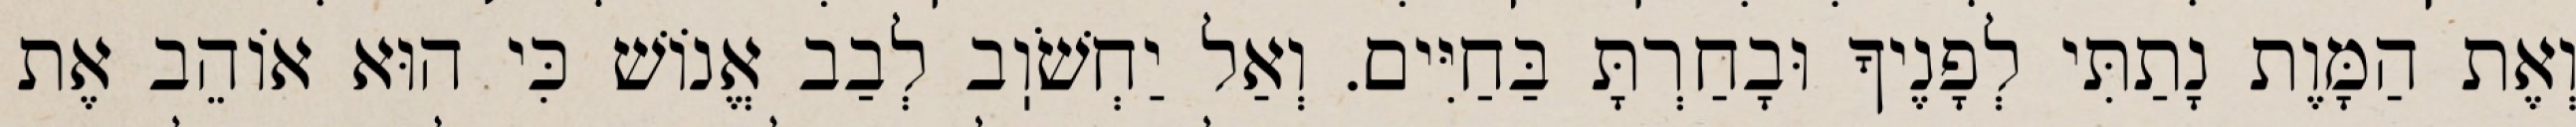
וְאֶת הַמָּוֶת נָתַתִּי לְפָנֶיךָ וּבָחַרְתָּ בַּחַיִּים. וְאַל יַחְשֹׁוֽב לְבַב אֱנוֹשׁ כִּי הוּא אוֹהֵב אֶת